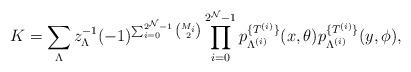
LaTeX: \begin{align*}K &= \sum_{\Lambda} z_\Lambda^{-1} (-1)^{\sum_{i =0}^{2^{\mathcal{N}}-1} \binom{M_i }{2}} \prod_{i=0}^{2^{\mathcal{N}}-1}p_{\Lambda^{(i)}}^{\{ T^{(i)} \}}(x,\theta) p_{\Lambda^{(i)}}^{\{ T^{(i)} \} }(y,\phi),\end{align*}